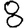
Digit: 8